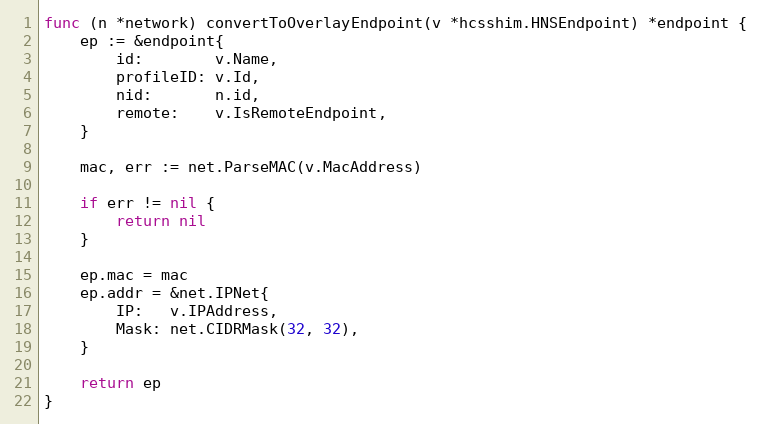
Language: Go
func (n *network) convertToOverlayEndpoint(v *hcsshim.HNSEndpoint) *endpoint {
	ep := &endpoint{
		id:        v.Name,
		profileID: v.Id,
		nid:       n.id,
		remote:    v.IsRemoteEndpoint,
	}

	mac, err := net.ParseMAC(v.MacAddress)

	if err != nil {
		return nil
	}

	ep.mac = mac
	ep.addr = &net.IPNet{
		IP:   v.IPAddress,
		Mask: net.CIDRMask(32, 32),
	}

	return ep
}